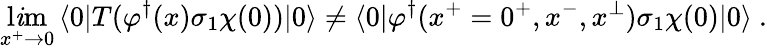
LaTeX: \operatorname*{l\mathit{i}m}_{x^{+}\rightarrow0}\, \langle0|T(\varphi^{\dagger}(x)\sigma_{1}\chi(0))|0\rangle\neq\langle0|\varphi^{\dagger}(x^{+}=0^{+},x^{-},x^{\perp})\sigma_{1}\chi(0)|0\rangle\ .